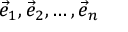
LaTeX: { \vec { e } } _ { 1 } , { \vec { e } } _ { 2 } , \dots , { \vec { e } } _ { n }